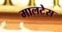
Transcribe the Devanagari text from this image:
मालटेस